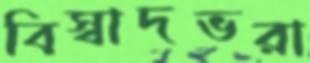
বিস্বাদভরা